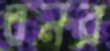
বনর